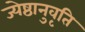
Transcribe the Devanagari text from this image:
ज्येष्ठानुवृति